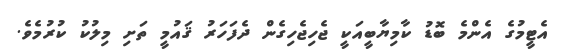
އެޓީމުގެ އެންމެ ބޮޑު ކާމިޔާބީއަކީ ޖެހިޖެހިގެން ދެފަހަރު ޤައުމީ ތަށި މިލުކު ކުރުމެވެ.